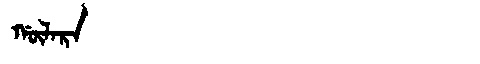
Manchu: ᡤᡡᠯᠠᡵᠠ
Romanization: GŪLARA